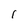
Character: 1